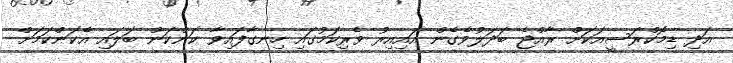
އަދި ޑިމޮކްރަސީއަކަށް ރާއްޖެ ބަދަލުވެގެން އައިއިރު ވެރިކަމުގައި ހިނގާފައިވާ ކަންކަން ބަލައި އެކަންކަމަށް